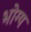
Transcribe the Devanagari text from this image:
भोग्‍य